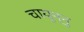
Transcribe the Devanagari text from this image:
चायुन्नु